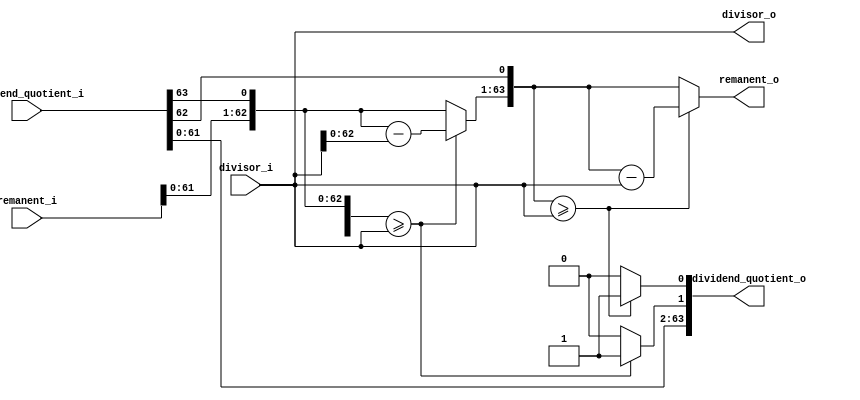
module div_4bits (
	remanent_i,
	dividend_quotient_i,
	divisor_i,
	remanent_o,
	dividend_quotient_o,
	divisor_o
);
	input wire [63:0] remanent_i;
	input wire [63:0] dividend_quotient_i;
	input wire [63:0] divisor_i;
	output wire [63:0] remanent_o;
	output wire [63:0] dividend_quotient_o;
	output wire [63:0] divisor_o;
	reg [63:0] tmp_remanent [1:0];
	reg [63:0] tmp_remanent_sub [1:0];
	reg [63:0] tmp_dividend_quotient [1:0];
	reg quotient_bit [1:0];
	always @(*) begin
		tmp_remanent[1] = {remanent_i[62:0], dividend_quotient_i[63]};
		tmp_dividend_quotient[1] = {dividend_quotient_i[62:0], quotient_bit[1]};
		begin : sv2v_autoblock_1
			reg signed [31:0] i;
			for (i = 0; i >= 0; i = i - 1)
				begin
					tmp_remanent[i] = {tmp_remanent_sub[i + 1][62:0], tmp_dividend_quotient[i + 1][63]};
					tmp_dividend_quotient[i] = {tmp_dividend_quotient[i + 1][62:0], quotient_bit[i]};
				end
		end
	end
	always @(*) begin : sv2v_autoblock_2
		reg signed [31:0] i;
		for (i = 1; i >= 0; i = i - 1)
			if (tmp_remanent[i] >= divisor_i) begin
				tmp_remanent_sub[i] = tmp_remanent[i] - divisor_i;
				quotient_bit[i] = 1'b1;
			end
			else begin
				tmp_remanent_sub[i] = tmp_remanent[i];
				quotient_bit[i] = 1'b0;
			end
	end
	assign remanent_o = tmp_remanent_sub[0];
	assign dividend_quotient_o = tmp_dividend_quotient[0];
	assign divisor_o = divisor_i;
endmodule